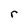
Character: r